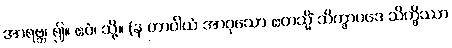
အာရဗ္ဘ၊ ၍။ ဧဝံ၊ သို့။ (န တာဝါယံ အာဝုသော ဧတသ္မိံ သိက္ခာပဒေ သိက္ခိဿာ